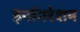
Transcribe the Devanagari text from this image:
इनॉगरेशन